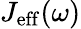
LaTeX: J_{\mathrm{eff}}(\omega)